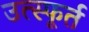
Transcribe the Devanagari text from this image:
उत्‍स्फूर्त